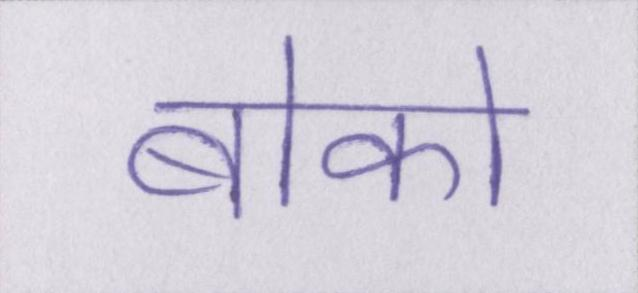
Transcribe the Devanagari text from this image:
बोको